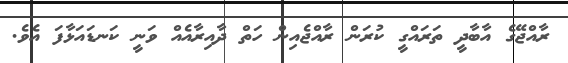
ރާއްޖޭގެ އާބާދީ ތަރައްގީ ކުރަން ރާއްޖެއިން ހަތް ދާއިރާއެއް ވަނީ ކަނޑައަޅާފަ އެވެ.